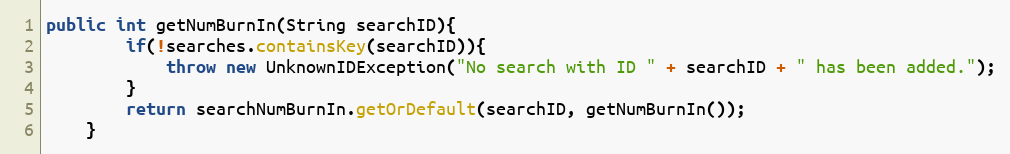
Language: Java
public int getNumBurnIn(String searchID){
        if(!searches.containsKey(searchID)){
            throw new UnknownIDException("No search with ID " + searchID + " has been added.");
        }
        return searchNumBurnIn.getOrDefault(searchID, getNumBurnIn());
    }